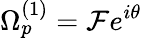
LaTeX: \Omega_{p}^{(1)}=\mathcal{F}e^{i\theta}